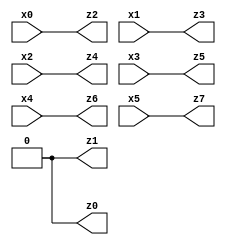
// Benchmark "X_5" written by ABC on Wed Jun 07 00:27:44 2023

module X_49 ( 
    x0, x1, x2, x3, x4, x5,
    z0, z1, z2, z3, z4, z5, z6, z7  );
  input  x0, x1, x2, x3, x4, x5;
  output z0, z1, z2, z3, z4, z5, z6, z7;
  assign z0 = 1'b0;
  assign z1 = 1'b0;
  assign z2 = x0;
  assign z3 = x1;
  assign z4 = x2;
  assign z5 = x3;
  assign z6 = x4;
  assign z7 = x5;
endmodule